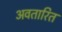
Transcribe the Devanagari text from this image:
अवतारित